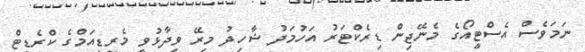
ނަމަވެސް އެސްޓީއޯގެ މެނޭޖިން ޑިރެކްޓަރު އަހުމަދު ޝާހިދު މިރޭ ވިދާޅުވީ މެރީޑިއަމްގެ ކްރެޑިޓް